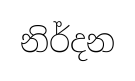
නිර්දන